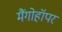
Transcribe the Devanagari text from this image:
मैंगोहॉपर